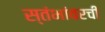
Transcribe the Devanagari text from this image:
स्तंभांवरची